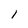
Character: l